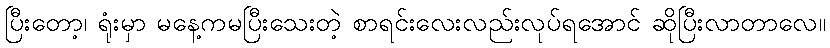
ပြီးတော့၊ ရုံးမှာ မနေ့ကမပြီးသေးတဲ့ စာရင်းလေးလည်းလုပ်ရအောင် ဆိုပြီးလာတာလေ။